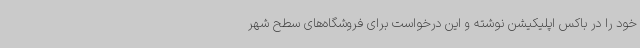
خود را در باکس اپلیکیشن نوشته و این درخواست برای فروشگاه‌های سطح شهر